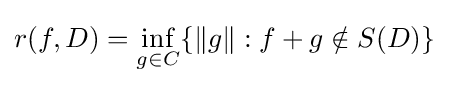
r(f,D)=\inf _{g\in C}\{\|g\|:f+g\notin S(D)\}